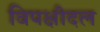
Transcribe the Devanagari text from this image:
विपक्षीदल